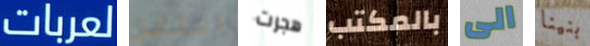
لعربات الثقل هجرت بالمكتب الى بنينا